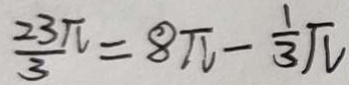
\frac { 2 3 \pi } { 3 } = 8 \pi - \frac { 1 } { 3 } \pi